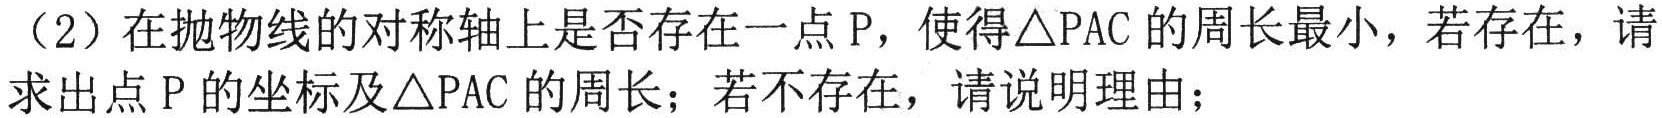
（2）在抛物线的对称轴上是否存在一点\(P\)，使得\(\triangle PAC\)的周长最小，若存在，请求出点\(P\)的坐标及\(\triangle PAC\)的周长；若不存在，请说明理由；